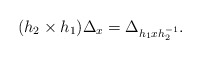
\begin{align*} (h_2 \times h_1)\Delta_x = \Delta_{h_1 x h_2^{-1}}.\end{align*}